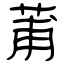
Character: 莆